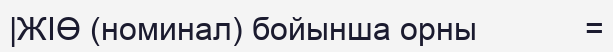
|ЖІӨ (номинал) бойынша орны            =